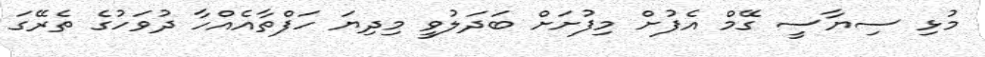
މުޅި ސިޔާސީ ގޭމް އެފުށް މިފުށަށް ބަދަލުވީ މިދިޔަ ހަފްތާއެއްހާ ދުވަހުގެ ތެރޭގަ